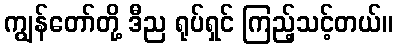
ကျွန်တော်တို့ ဒီည ရုပ်ရှင် ကြည့်သင့်တယ်။